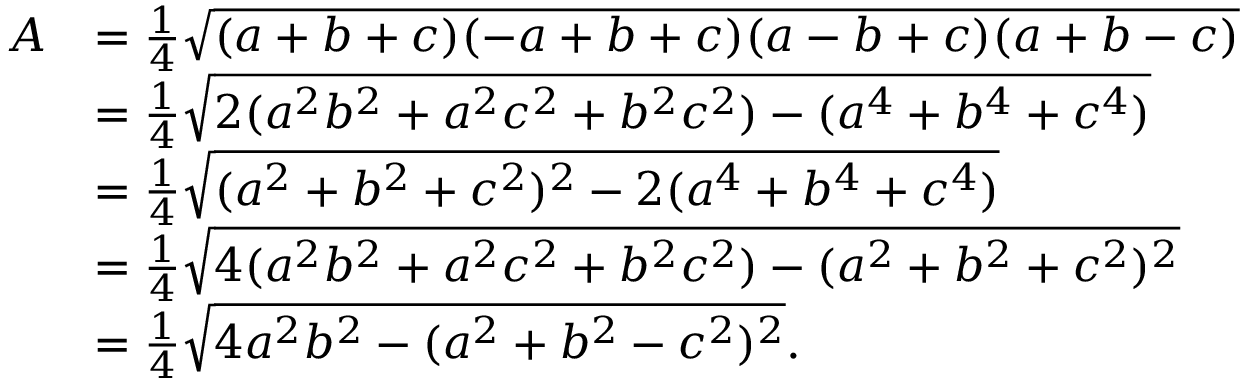
{ \begin{array} { r l } { A } & { = { \frac { 1 } { 4 } } { \sqrt { ( a + b + c ) ( - a + b + c ) ( a - b + c ) ( a + b - c ) } } } \\ & { = { \frac { 1 } { 4 } } { \sqrt { 2 ( a ^ { 2 } b ^ { 2 } + a ^ { 2 } c ^ { 2 } + b ^ { 2 } c ^ { 2 } ) - ( a ^ { 4 } + b ^ { 4 } + c ^ { 4 } ) } } } \\ & { = { \frac { 1 } { 4 } } { \sqrt { ( a ^ { 2 } + b ^ { 2 } + c ^ { 2 } ) ^ { 2 } - 2 ( a ^ { 4 } + b ^ { 4 } + c ^ { 4 } ) } } } \\ & { = { \frac { 1 } { 4 } } { \sqrt { 4 ( a ^ { 2 } b ^ { 2 } + a ^ { 2 } c ^ { 2 } + b ^ { 2 } c ^ { 2 } ) - ( a ^ { 2 } + b ^ { 2 } + c ^ { 2 } ) ^ { 2 } } } } \\ & { = { \frac { 1 } { 4 } } { \sqrt { 4 a ^ { 2 } b ^ { 2 } - ( a ^ { 2 } + b ^ { 2 } - c ^ { 2 } ) ^ { 2 } } } . } \end{array} }